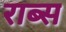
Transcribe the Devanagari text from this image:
राब्स